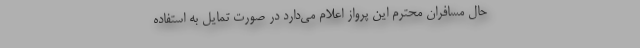
حال مسافران محترم این پرواز اعلام می‌دارد در صورت تمایل به استفاده